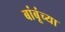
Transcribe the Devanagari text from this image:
बांबूंच्या